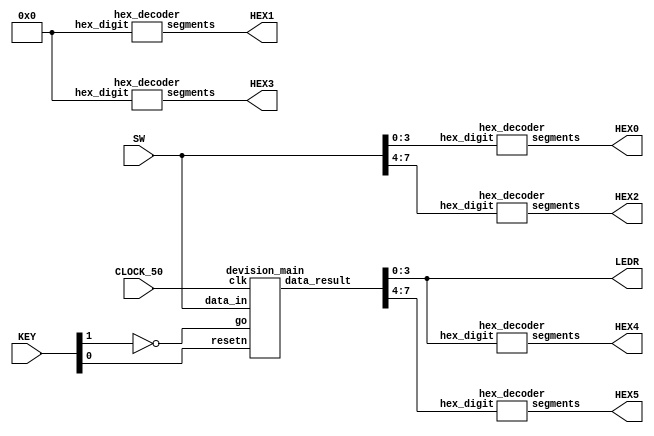
// SW[3:0] divisor value
// SW[7:4] divident value
// CLOCK_50 clock signal
// KEY[0] active_high reset
// KEY[1] go signal to start computation
// HEX0 devisor
// HEX2 devident
// HEX4 quotient
// HEX5 remainder
// LEDR[3:0] quotient

module division (SW, KEY, CLOCK_50, LEDR, HEX0, HEX1, HEX2, HEX3, HEX4, HEX5);
  input [7:0] SW;
  input [1:0] KEY;
  input CLOCK_50;
  output [6:0] HEX0, HEX1, HEX2, HEX3, HEX4, HEX5;
  output [3:0] LEDR;

  wire go;
  wire resetn;
  wire [7:0] data_result;

  assign go = ~KEY[1];
  assign resetn = KEY[0];// active_high?

  devision_main m0(
    .clk(CLOCK_50),
    .resetn(resetn),
    .go(go),
    .data_in(SW[7:0]),
    .data_result(data_result)
  );

  assign LEDR[3:0] = data_result[3:0];

  parameter zero_display = 4'b0000;
  hex_decoder h0(SW[3:0], HEX0);
  hex_decoder h1(zero_display, HEX1);
  hex_decoder h2(SW[7:4], HEX2);
  hex_decoder h3(zero_display, HEX3);
  hex_decoder h4(data_result[3:0], HEX4);
  hex_decoder h5(data_result[7:4], HEX5);

endmodule // devision_top

module devision_main (
  input clk,
  input resetn,
  input go,
  input [7:0] data_in,
  output [7:0] data_result
  );

  // control wires
  wire ld_data;
  wire ld_r;
  wire ld_q0;
  wire set_q0;
  wire ld_end;
  wire ld_a;
  wire q0;
  wire [1:0] alu_op;

  control c0(clk, resetn, go, q0, ld_data, ld_q0, set_q0,
            ld_r, ld_end, ld_a, alu_op);
  datapath d0(clk, resetn, data_in, ld_data, alu_op,
            set_q0, ld_q0, ld_r, ld_end, ld_a, q0, data_result);
endmodule // devision_main

module control (
  input clk,
  input resetn,
  input go,
  input q0,

  output reg ld_data,
  output reg ld_q0, set_q0,
  output reg ld_r,
  output reg ld_end,
  output reg ld_a,
  output reg [1:0] alu_op
  );

  reg[1:0] loop_count;
  reg[5:0] current_state, next_state;

  localparam  S_LOAD_DATA = 5'd0,
              S_LOAD_DATA_WAIT = 5'd1,
              S_CYCLE_0 = 5'd2,
              S_CYCLE_1 = 5'd3,
              S_CYCLE_2 = 5'd4,
              S_CYCLE_3 = 5'd5;

  // Next state logic table
  always @ ( * )
  begin: state_table
    $display("[StateTable]The current state is %d", current_state);
    $display("[StateTable]The loop count is %d", loop_count);
    case(current_state)
      S_LOAD_DATA: next_state = go ? S_LOAD_DATA_WAIT : S_LOAD_DATA;
      S_LOAD_DATA_WAIT: begin
        next_state = go ? S_LOAD_DATA_WAIT : S_CYCLE_0;
        loop_count = 2'b0;
      end
      S_CYCLE_0: next_state = S_CYCLE_1;
      S_CYCLE_1: next_state = S_CYCLE_2;
      S_CYCLE_2: next_state = S_CYCLE_3;
      S_CYCLE_3: begin
        if(loop_count == 2'b11) begin
          next_state = S_LOAD_DATA;
          ld_r = 1'b1;
        end
        else begin
          next_state = S_CYCLE_0;
          loop_count = loop_count + 1;
        end
      end
      default: next_state = S_LOAD_DATA;
    endcase
    $display("[StateTable]The next state would be %d", next_state);
  end

  always @ ( * )
  begin: enable_signals
    // by default make all signals 0
    ld_data = 1'b0;
    ld_q0 = 1'b0;
    set_q0 = 1'b0;
	 ld_end = 1'b0;
	 ld_a = 1'b0;
    alu_op = 2'b11;
	

    case (current_state)
      S_LOAD_DATA_WAIT: ld_data = 1'b1;
      S_CYCLE_0: begin // do shifting left
        alu_op = 2'b10; // shifting
        ld_a = 1'b1;
        ld_end = 1'b1; // load result back to a and divident
      end
      S_CYCLE_1: begin // subtract devisor from reg A and get MSB to q0
        alu_op = 2'b01; // subtracting
        ld_q0 = 1'b1;
        ld_a = 1'b1; // load result back to a
      end
      S_CYCLE_2: begin // if q0 == 1 then add back, else do nothing
        if(q0 == 1'b0) begin
          alu_op = 2'b00; // adding
          ld_a = 1'b1; // load result back to a
        end
      end
      S_CYCLE_3: begin // set q0 to 0 or 1
        set_q0 = 1'b1;
      end
    endcase

    $display("[EnableSignals]");
    $display("ld_data is %b", ld_data);
    $display("ld_q0 is %b", ld_q0);
    $display("set_q0 is %b", set_q0);
    $display("ld_a is %b", ld_a);
	$display("ld_end is %b", ld_end);
  end
  
  
  // current_state registers
  always @(posedge clk)
  begin: state_FFs
      if(!resetn)
            current_state <= S_LOAD_DATA;
      else
            current_state <= next_state;
    end // state_FFS
endmodule // control

module datapath (
  input clk,
  input resetn,
  input [7:0] data_in,
  input ld_data,
  input [1:0] alu_op,
  input set_q0, ld_q0,
  input ld_r,
  input ld_end,
  input ld_a,

  output reg q0,
  output reg [7:0] data_result
  );

  // input registers
  reg [3:0] divisor;
  reg [3:0] divident;

  // remainder holder
  reg [4:0] a;

  // alu input signals
  reg [4:0] alu_a;
  reg [3:0] alu_b;

  // load data
  always @ ( posedge clk ) begin
    if(!resetn) begin
      $display("[Data Reset]Resetting all regs");
      divisor <= 4'b0;
      divident <= 4'b0;
      a <= 5'b0;
    end
    else begin
      if(ld_data) begin
        $display("[Data Load] Loading data");
        divisor <= data_in[3:0];
        divident <= data_in[7:4];
      end
      if(ld_end) begin
        $display("[Data Load] load divident %b", alu_b);
        divident <= alu_b;
      end
      if(ld_a) begin
        $display("[Data Load] load a %b", alu_a);
        a <= alu_a;
      end
      if(ld_q0) begin
        $display("[Data Load] loading q0 %b", alu_a[4]);
        q0 <= ~alu_a[4];
      end
      if(set_q0) begin
        $display("[Data Load] setting q0 %b", q0);
        divident[0] = q0;
      end
    end
  end

  // output result register
  always @ (posedge clk) begin
    if(!resetn) begin
      data_result <= 8'b0;
    end
    else begin
      if(ld_r) begin
        data_result <= {a[3:0], divident[3:0]};
        $display("[Result display] %b", {a[3:0], divident[3:0]});
      end
    end
  end

  // The alu
  always @ ( * ) begin
    case (alu_op)
      2'd0: begin
        alu_a = a + divisor;
        $display("[ALU] %b + %b = %b", a, divisor, alu_a);
      end
      2'd1: begin
        alu_a = a - divisor;
        $display("[ALU] %b - %b = %b", a, divisor, alu_a);
      end
      2'd2: begin
        {alu_a, alu_b} = {a, divident} << 1;
        $display("[ALU] shifting a: %b, divident: %b result %b", a, divident, {alu_a, alu_b});
      end
      default: begin
		  alu_a = 5'b0;
		  alu_b = 4'b0;
		end
    endcase
  end
endmodule // datapath

module hex_decoder(hex_digit, segments);
    input [3:0] hex_digit;
    output reg [6:0] segments;

    always @(*)
        case (hex_digit)
            4'h0: segments = 7'b100_0000;
            4'h1: segments = 7'b111_1001;
            4'h2: segments = 7'b010_0100;
            4'h3: segments = 7'b011_0000;
            4'h4: segments = 7'b001_1001;
            4'h5: segments = 7'b001_0010;
            4'h6: segments = 7'b000_0010;
            4'h7: segments = 7'b111_1000;
            4'h8: segments = 7'b000_0000;
            4'h9: segments = 7'b001_1000;
            4'hA: segments = 7'b000_1000;
            4'hB: segments = 7'b000_0011;
            4'hC: segments = 7'b100_0110;
            4'hD: segments = 7'b010_0001;
            4'hE: segments = 7'b000_0110;
            4'hF: segments = 7'b000_1110;
            default: segments = 7'h7f;
        endcase
endmodule